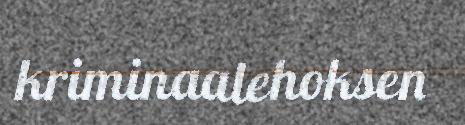
kriminaalehoksen